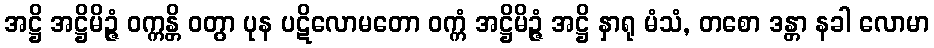
အဋ္ဌိ အဋ္ဌိမိဉ္ဇံ ဝက္ကန္တိ ဝတွာ ပုန ပဋိလောမတော ဝက္ကံ အဋ္ဌိမိဉ္ဇံ အဋ္ဌိ နှာရု မံသံ, တစော ဒန္တာ နခါ လောမာ